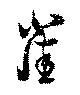
雀